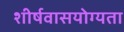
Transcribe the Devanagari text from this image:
शीर्षवासयोग्यता